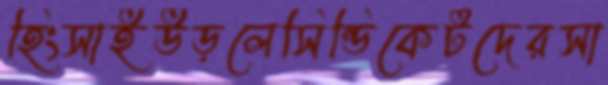
হিংসাইউড়লেসিন্ডিকেটদেরসা